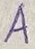
Text: A